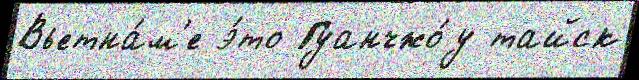
Вьетна́м'е э́то Гуанчжо́у тайск